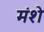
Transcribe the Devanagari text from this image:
मंशे